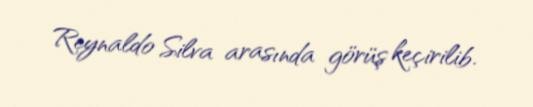
Reynaldo Silva arasında görüş keçirilib.